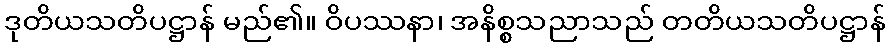
ဒုတိယသတိပဋ္ဌာန် မည်၏။ ဝိပဿနာ၊ အနိစ္စသညာသည် တတိယသတိပဋ္ဌာန်